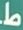
ط